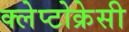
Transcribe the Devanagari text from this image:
क्लेप्टोक्रेसी